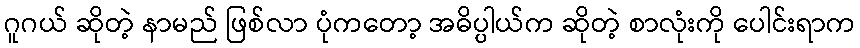
ဂူဂယ် ဆိုတဲ့ နာမည် ဖြစ်လာ ပုံကတော့ အဓိပ္ပါယ်က ဆိုတဲ့ စာလုံးကို ပေါင်းရာက